Report on the working of the Ranchi Indian Mental Hospital, Kanke, in Bihar and Orissa - 1930-1940
Year: 1930
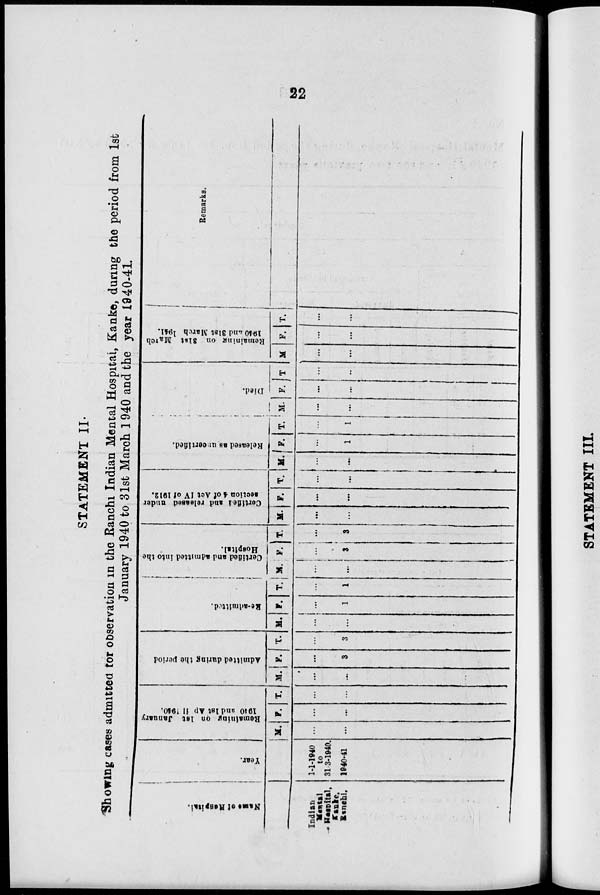
22
STATEMENT II.
Showing cases admitted tor observation in the Ranchi Indian Mental Hospital, Kanke, during the period from 1st
January 1940 to 31st March 1 940 and the year 1940-41.
Names of Hospital.
Indian
Mental
Hospital,
Kanke.
Ranchi.
Year.
1-1-1940
to
31-3-1940.
1940-41
Remaining on 1st January
1910 and 1st April 1940.
M.
...
...
F.
...
...
T.
...
Admitted during the period
M.
...
...
F.
...
3
T.
...
3
Re-admitted.
M.
...
...
F.
...
1
T.
...
1
Certified and admitted into the
Hospital.
M.
...
...
F.
...
3
T.
...
3
Certified and released under
section 4 of Act IV of 1912.
M.
...
...
F.
...
...
T.
...
Released as in certified.
M.
...
...
F.
...
1
T.
...
1
Died.
M.
...
...
F.
...
...
T.
...
..
Remaining on 31st March
1940 and 31st March 1941.
M
...
...
F.
...
...
T.
...
...
Remarks.